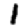
Digit: 1